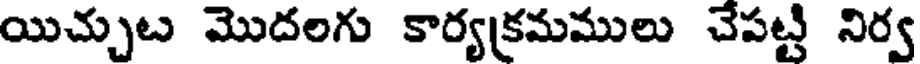
యిచ్చుట మొదలగు కార్యక్రమములు చేపట్టి నిర్వ